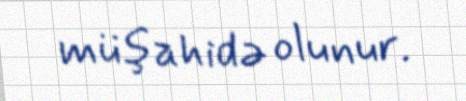
müşahidə olunur.